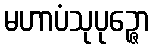
မဟာပံသုပုဉ္ဇော